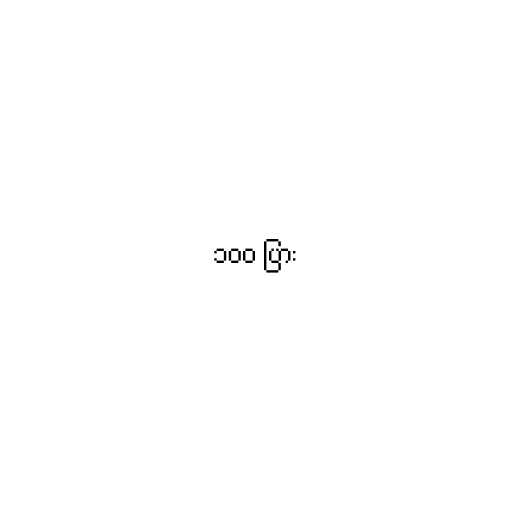
၁၀၀ ပြား